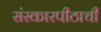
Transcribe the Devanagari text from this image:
संस्कारपीठाची